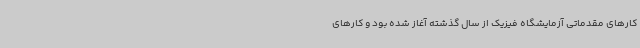
کارهای مقدماتی آزمایشگاه فیزیک از سال گذشته آغاز شده بود و کارهای